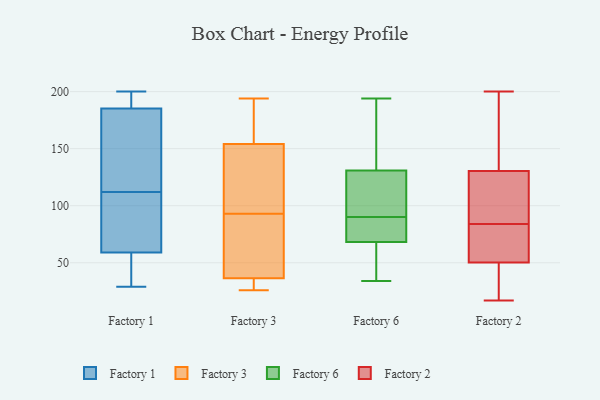
{"axis": {"x": "Page Views", "y": "Value"}, "legend": ["Factory 1", "Factory 2", "Factory 3", "Factory 6"], "data": [{"x": "", "y": 29, "type": "Factory 1"}, {"x": "", "y": 112, "type": "Factory 1"}, {"x": "", "y": 193, "type": "Factory 1"}, {"x": "", "y": 59, "type": "Factory 1"}, {"x": "", "y": 196, "type": "Factory 1"}, {"x": "", "y": 48, "type": "Factory 1"}, {"x": "", "y": 112, "type": "Factory 1"}, {"x": "", "y": 186, "type": "Factory 1"}, {"x": "", "y": 59, "type": "Factory 1"}, {"x": "", "y": 46, "type": "Factory 1"}, {"x": "", "y": 67, "type": "Factory 1"}, {"x": "", "y": 75, "type": "Factory 1"}, {"x": "", "y": 139, "type": "Factory 1"}, {"x": "", "y": 185, "type": "Factory 1"}, {"x": "", "y": 113, "type": "Factory 1"}, {"x": "", "y": 200, "type": "Factory 1"}, {"x": "", "y": 179, "type": "Factory 1"}, {"x": "", "y": 131, "type": "Factory 3"}, {"x": "", "y": 125, "type": "Factory 3"}, {"x": "", "y": 29, "type": "Factory 3"}, {"x": "", "y": 81, "type": "Factory 3"}, {"x": "", "y": 120, "type": "Factory 3"}, {"x": "", "y": 175, "type": "Factory 3"}, {"x": "", "y": 151, "type": "Factory 3"}, {"x": "", "y": 29, "type": "Factory 3"}, {"x": "", "y": 47, "type": "Factory 3"}, {"x": "", "y": 93, "type": "Factory 3"}, {"x": "", "y": 41, "type": "Factory 3"}, {"x": "", "y": 189, "type": "Factory 3"}, {"x": "", "y": 194, "type": "Factory 3"}, {"x": "", "y": 159, "type": "Factory 3"}, {"x": "", "y": 35, "type": "Factory 3"}, {"x": "", "y": 26, "type": "Factory 3"}, {"x": "", "y": 34, "type": "Factory 3"}, {"x": "", "y": 155, "type": "Factory 3"}, {"x": "", "y": 87, "type": "Factory 3"}, {"x": "", "y": 71, "type": "Factory 6"}, {"x": "", "y": 90, "type": "Factory 6"}, {"x": "", "y": 34, "type": "Factory 6"}, {"x": "", "y": 154, "type": "Factory 6"}, {"x": "", "y": 173, "type": "Factory 6"}, {"x": "", "y": 60, "type": "Factory 6"}, {"x": "", "y": 79, "type": "Factory 6"}, {"x": "", "y": 118, "type": "Factory 6"}, {"x": "", "y": 55, "type": "Factory 6"}, {"x": "", "y": 123, "type": "Factory 6"}, {"x": "", "y": 99, "type": "Factory 6"}, {"x": "", "y": 194, "type": "Factory 6"}, {"x": "", "y": 83, "type": "Factory 6"}, {"x": "", "y": 126, "type": "Factory 2"}, {"x": "", "y": 68, "type": "Factory 2"}, {"x": "", "y": 84, "type": "Factory 2"}, {"x": "", "y": 23, "type": "Factory 2"}, {"x": "", "y": 116, "type": "Factory 2"}, {"x": "", "y": 17, "type": "Factory 2"}, {"x": "", "y": 67, "type": "Factory 2"}, {"x": "", "y": 200, "type": "Factory 2"}, {"x": "", "y": 129, "type": "Factory 2"}, {"x": "", "y": 135, "type": "Factory 2"}, {"x": "", "y": 142, "type": "Factory 2"}, {"x": "", "y": 52, "type": "Factory 2"}, {"x": "", "y": 45, "type": "Factory 2"}]}